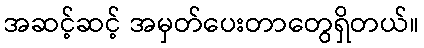
အဆင့်ဆင့် အမှတ်ပေးတာတွေရှိတယ်။